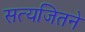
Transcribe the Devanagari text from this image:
सत्यजितने